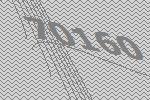
70160